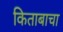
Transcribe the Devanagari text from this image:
किताबाचा